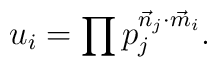
u_i=\prod p_j^{{\vec{n}_j} \cdot {\vec{m}_i}}.